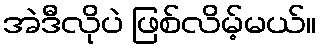
အဲဒီလိုပဲ ဖြစ်လိမ့်မယ်။